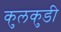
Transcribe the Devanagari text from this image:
कुलकुडी